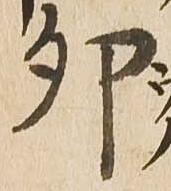
卯